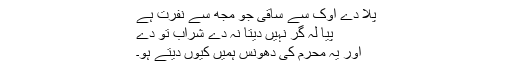
پلا دے اوک سے ساقی جو مجھ سے نفرت ہے
پیا لہ گر نہیں دیتا نہ دے شراب تو دے
اور یہ محرم کی دھونس ہمیں کیوں دیتے ہو۔